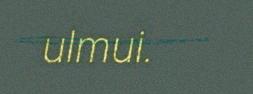
ulmui.